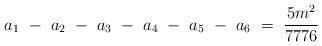
LaTeX: \begin{align*}a_1 ~-~ a_2 ~-~ a_3 ~-~ a_4 ~-~ a_5 ~-~ a_6 ~=~ \frac{5m^2}{7776}\end{align*}